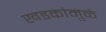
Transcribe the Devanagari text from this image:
खडकांमुळे